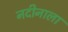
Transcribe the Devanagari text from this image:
नदीनाला